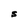
Character: S